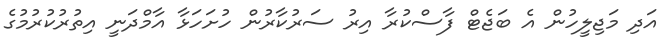
އަދި މަޖިލީހުން އެ ބަޖެޓް ފާސްކުރާ އިރު ސަރުކާރުން ހުށަހަޅާ އާމްދަނީ އިތުރުކުރުމުގެ